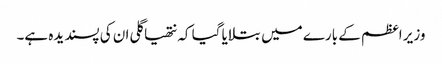
وزیر اعظم کے بارے میں بتلایا گیا کہ نتھیا گلی ان کی پسندیدہ ہے۔